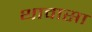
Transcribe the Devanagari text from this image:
थावासा